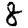
Digit: 8